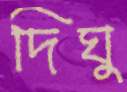
দিঘু